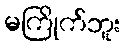
မကြိုက်ဘူး